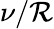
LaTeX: \nu/\mathcal{R}